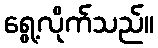
ရွေ့လိုက်သည်။